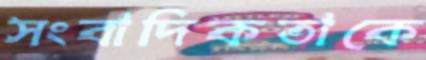
সংবাদিকতাকে